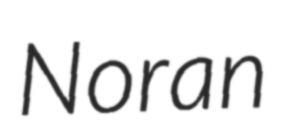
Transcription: Noran